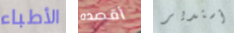
الأطباء أقصده أستدير